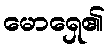
မောရှေ၏